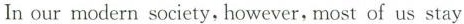
In our modern society, however, most of us stay